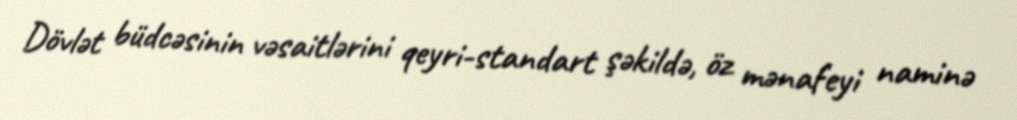
Dövlət büdcəsinin vəsaitlərini qeyri-standart şəkildə, öz mənafeyi naminə